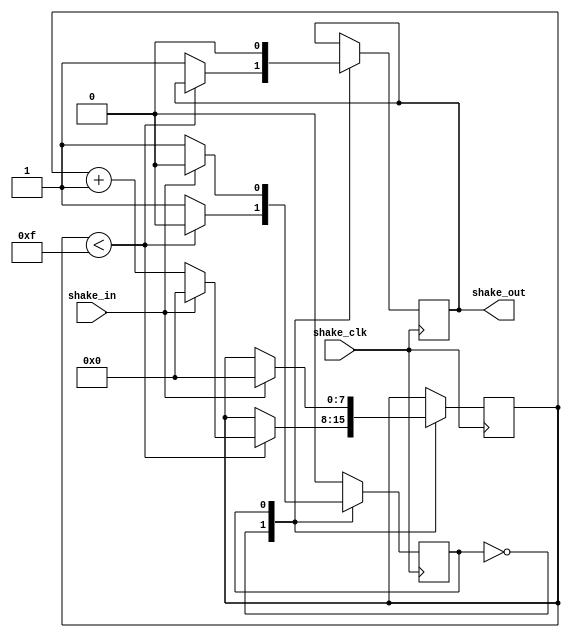
module Shake_Remove(shake_clk, shake_in, shake_out);	
	input wire shake_clk;
	input wire shake_in;
	output reg shake_out;
	
	reg[7:0] counter;
	reg state;
	
	always@(posedge shake_clk)
		begin
			case(state)
				/*0101*/
				0:	if(counter < 4'd15)
						begin
							if(!shake_in)
								counter <= counter + 1'b1;
							else 
								counter <= 1'b0;
						end
					else
						begin
							shake_out <= 1'b1;
							state <= 1'b1;
						end
				/*10*/
				1:	begin
						shake_out <= 1'b0;
						if(!shake_in)
							counter <= counter;
						else
							begin 
								counter <= 1'b0;
								state <= 1'b0;
							end
					end
				default:	state <= 1'b0;
			endcase
		end
		
endmodule